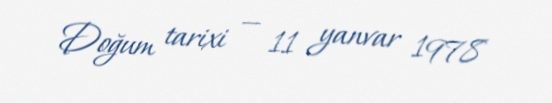
Doğum tarixi — 11 yanvar 1978